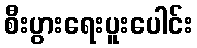
စီးပွားရေးပူးပေါင်း